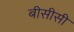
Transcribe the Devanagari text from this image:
बीसीसी